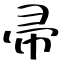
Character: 帚